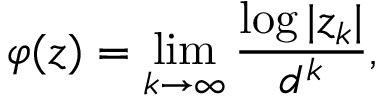
\varphi ( z ) = \operatorname* { l i m } _ { k \to \infty } { \frac { \log | z _ { k } | } { d ^ { k } } } ,